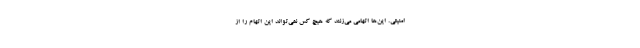
امنیتی. این‌ها اتهامی می‌زنند که هیچ کس نمی‌تواند این اتهام را از